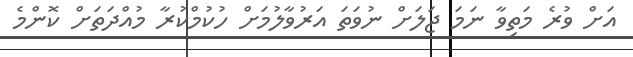
އަށް ވުރެ މަތިވާ ނަމަ ޖަލަށް ނުވަތަ އަރުވާލުމަށް ހުކުމްކުރާ މުއްދަތަށް ކޮންމެ